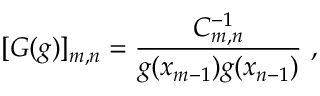
[ G ( g ) ] _ { m , n } = \frac { C _ { m , n } ^ { - 1 } } { g ( x _ { m - 1 } ) g ( x _ { n - 1 } ) } \ ,